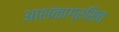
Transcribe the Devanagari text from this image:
आशंकाग्रसित